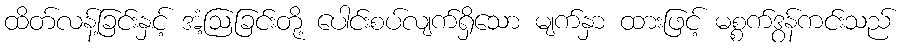
ထိတ်လန့်ခြင်းနှင့် အံ့ဩခြင်းတို့ ပေါင်းစပ်လျက်ရှိသော မျက်နှာ ထားဖြင့် မစ္စက်ဒွန်ကင်းသည်